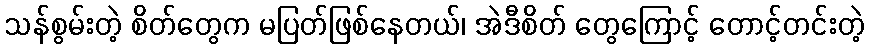
သန်စွမ်းတဲ့ စိတ်တွေက မပြတ်ဖြစ်နေတယ်၊ အဲဒီစိတ် တွေကြောင့် တောင့်တင်းတဲ့